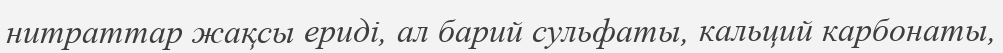
нитраттар жақсы ериді, ал барий сульфаты, кальций карбонаты,